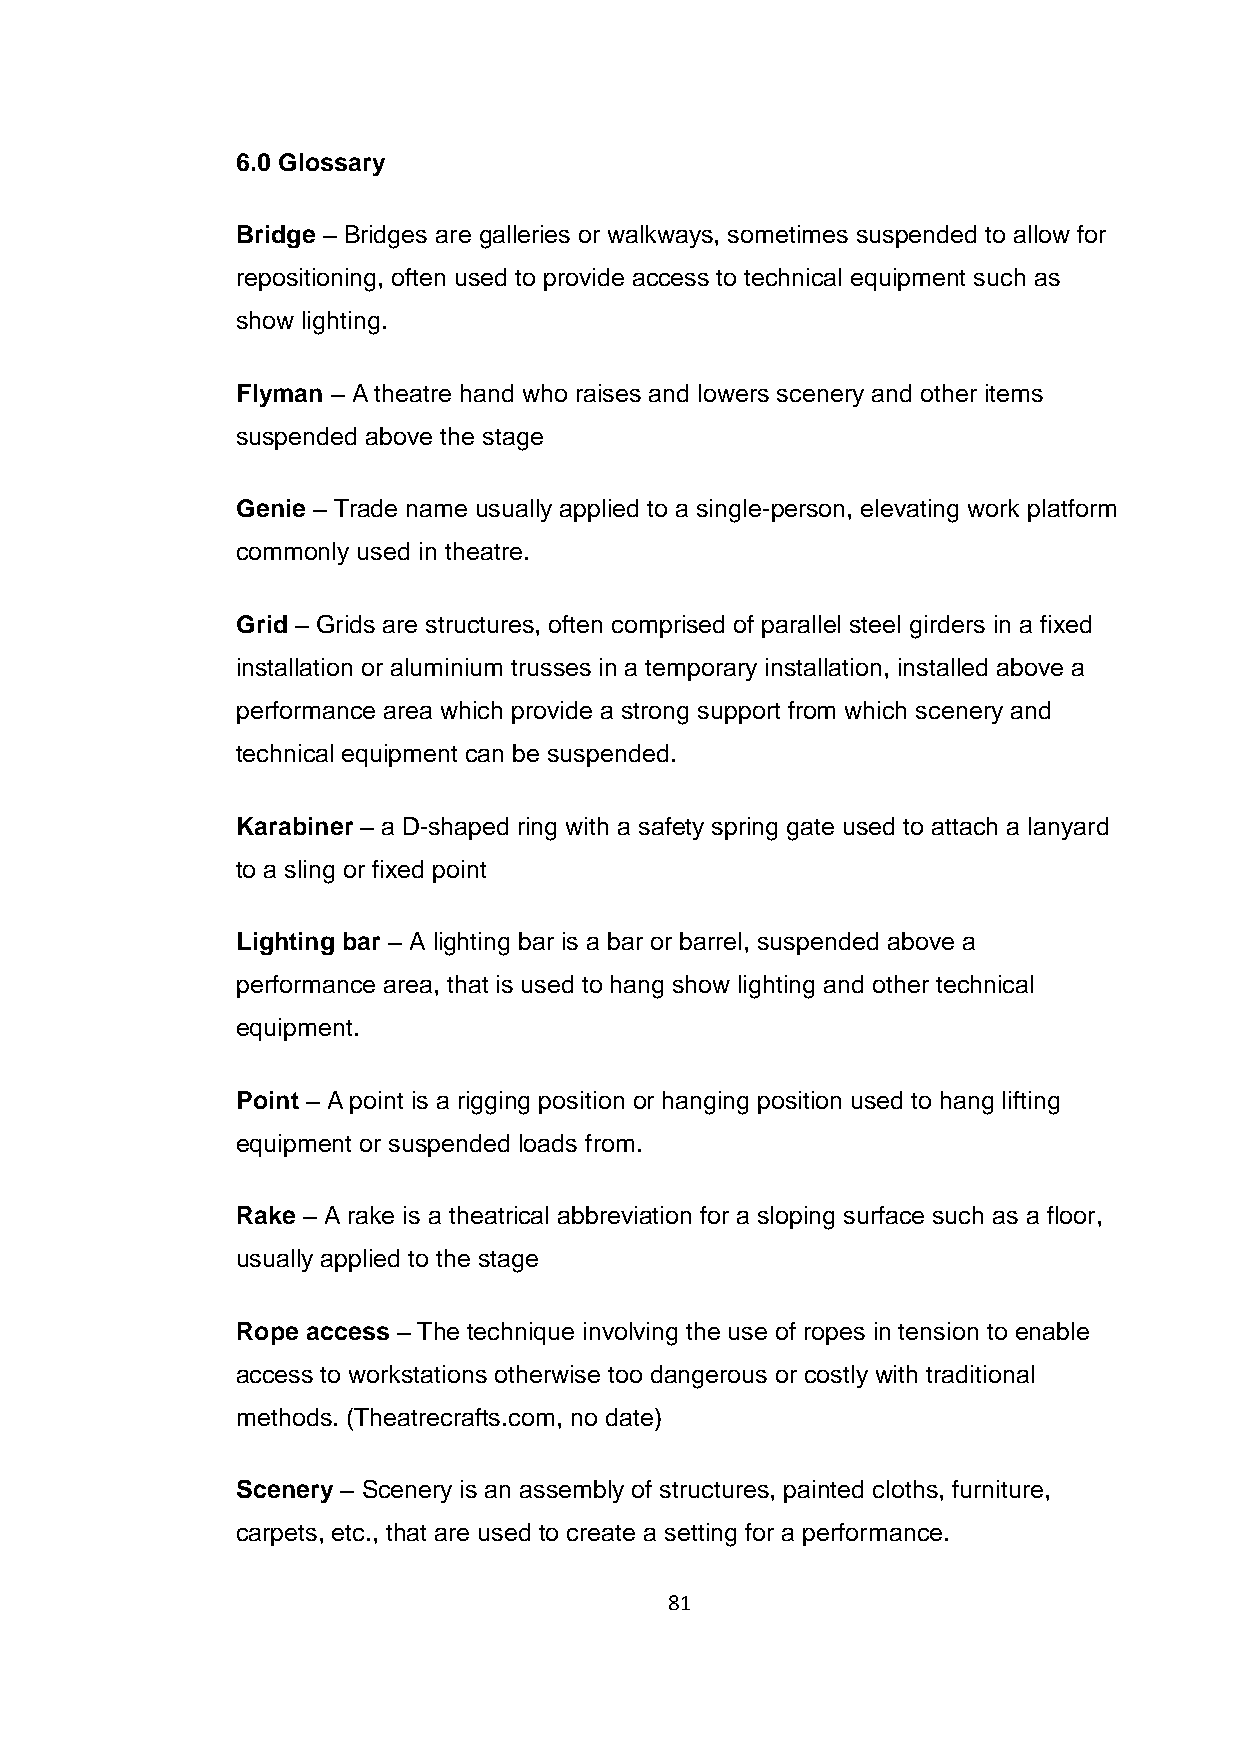
6.0 Glossary
 Bridge – Bridges are galleries or walkways, sometimes suspended to allow for
 repositioning, often used to provide access to technical equipment such as
 show lighting.
 Flyman – A theatre hand who raises and lowers scenery and other items
 suspended above the stage
 Genie – Trade name usually applied to a single-person, elevating work platform
 commonly used in theatre.
 Grid – Grids are structures, often comprised of parallel steel girders in a fixed
 installation or aluminium trusses in a temporary installation, installed above a
 performance area which provide a strong support from which scenery and
 technical equipment can be suspended.
 Karabiner – a D-shaped ring with a safety spring gate used to attach a lanyard
 to a sling or fixed point
 Lighting bar – A lighting bar is a bar or barrel, suspended above a
 performance area, that is used to hang show lighting and other technical
 equipment.
 Point – A point is a rigging position or hanging position used to hang lifting
 equipment or suspended loads from.
 Rake – A rake is a theatrical abbreviation for a sloping surface such as a floor,
 usually applied to the stage
 Rope access – The technique involving the use of ropes in tension to enable
 access to workstations otherwise too dangerous or costly with traditional
 methods. (Theatrecrafts.com, no date)
 Scenery – Scenery is an assembly of structures, painted cloths, furniture,
 carpets, etc., that are used to create a setting for a performance.
 81